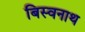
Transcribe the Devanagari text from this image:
बिस्वनाथ